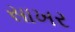
સાખર